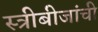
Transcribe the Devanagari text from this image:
स्त्रीबीजांची